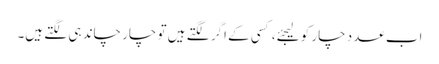
اب عدد چار کو لیجئے، کسی کے اگر لگتے ہیں تو چار چاند ہی لگتے ہیں۔